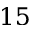
1 5